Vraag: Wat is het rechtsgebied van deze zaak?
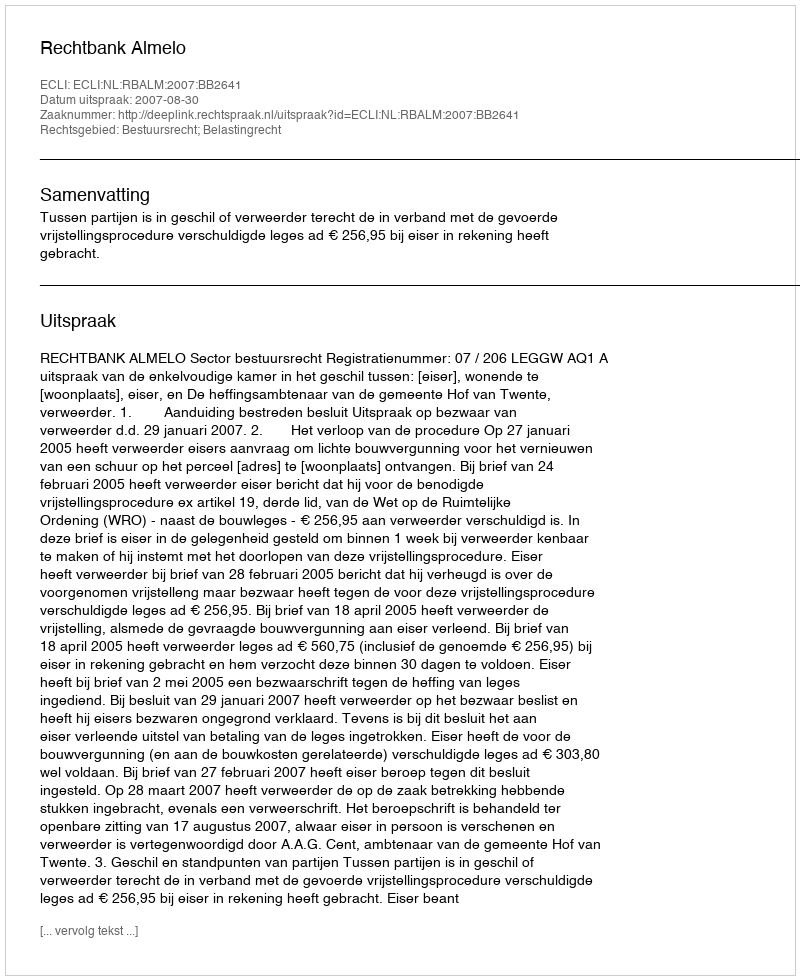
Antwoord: Bestuursrecht; Belastingrecht